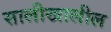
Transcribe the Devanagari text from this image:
सालीखालील